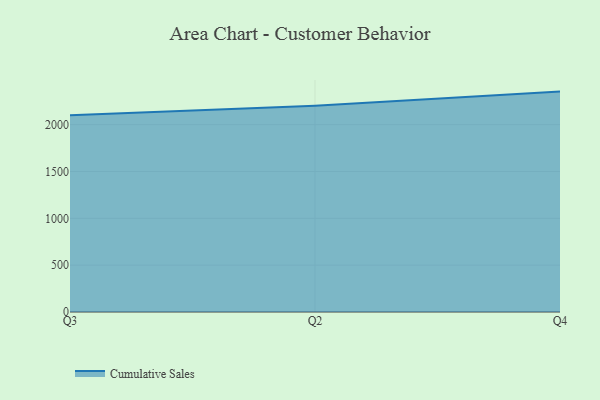
{"axis": {"x": "Quarter", "y": "Tickets Resolved"}, "legend": ["Cumulative Sales"], "data": [{"x": "Q3", "y": 2100.8, "type": "Cumulative Sales"}, {"x": "Q2", "y": 2202.2, "type": "Cumulative Sales"}, {"x": "Q4", "y": 2352.6, "type": "Cumulative Sales"}]}